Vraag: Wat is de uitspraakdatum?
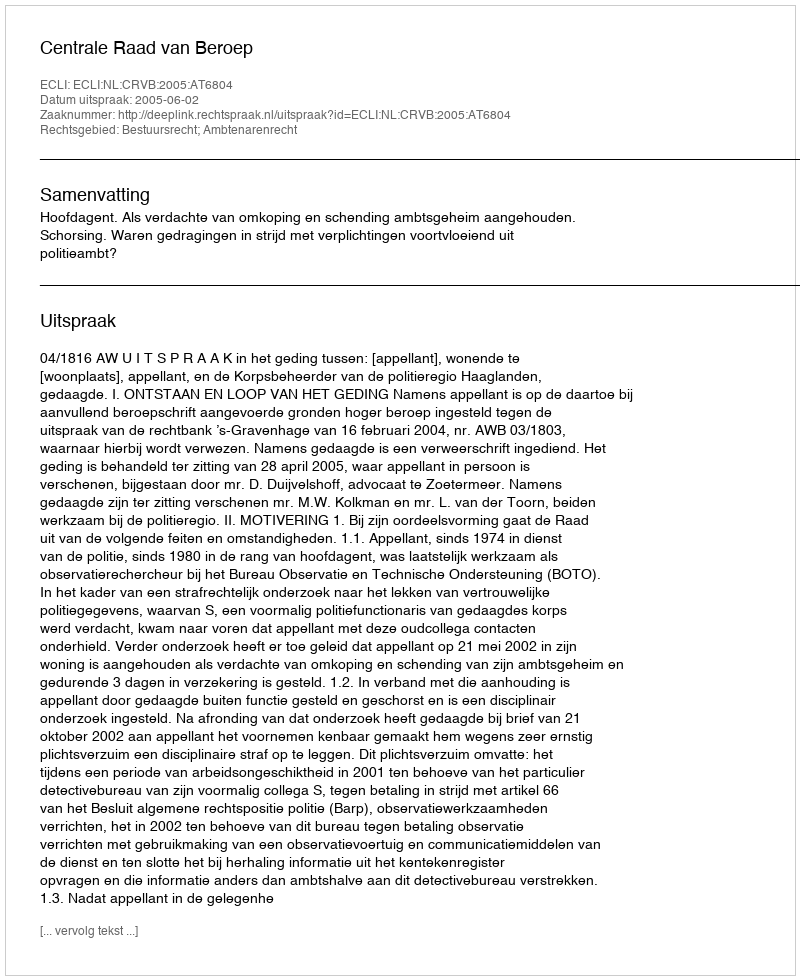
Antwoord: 2005-06-02